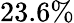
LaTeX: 23.6\%